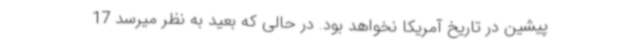
پیشین در تاریخ آمریکا نخواهد بود. در حالی که بعید به نظر میرسد 17